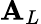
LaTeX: \mathbf{A}_{L}